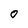
Character: 0